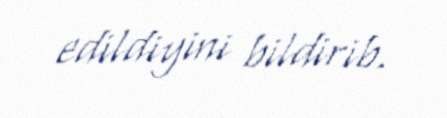
edildiyini bildirib.